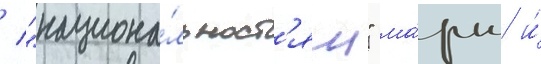
/ "национа́льност'ям" ма́ркс и́